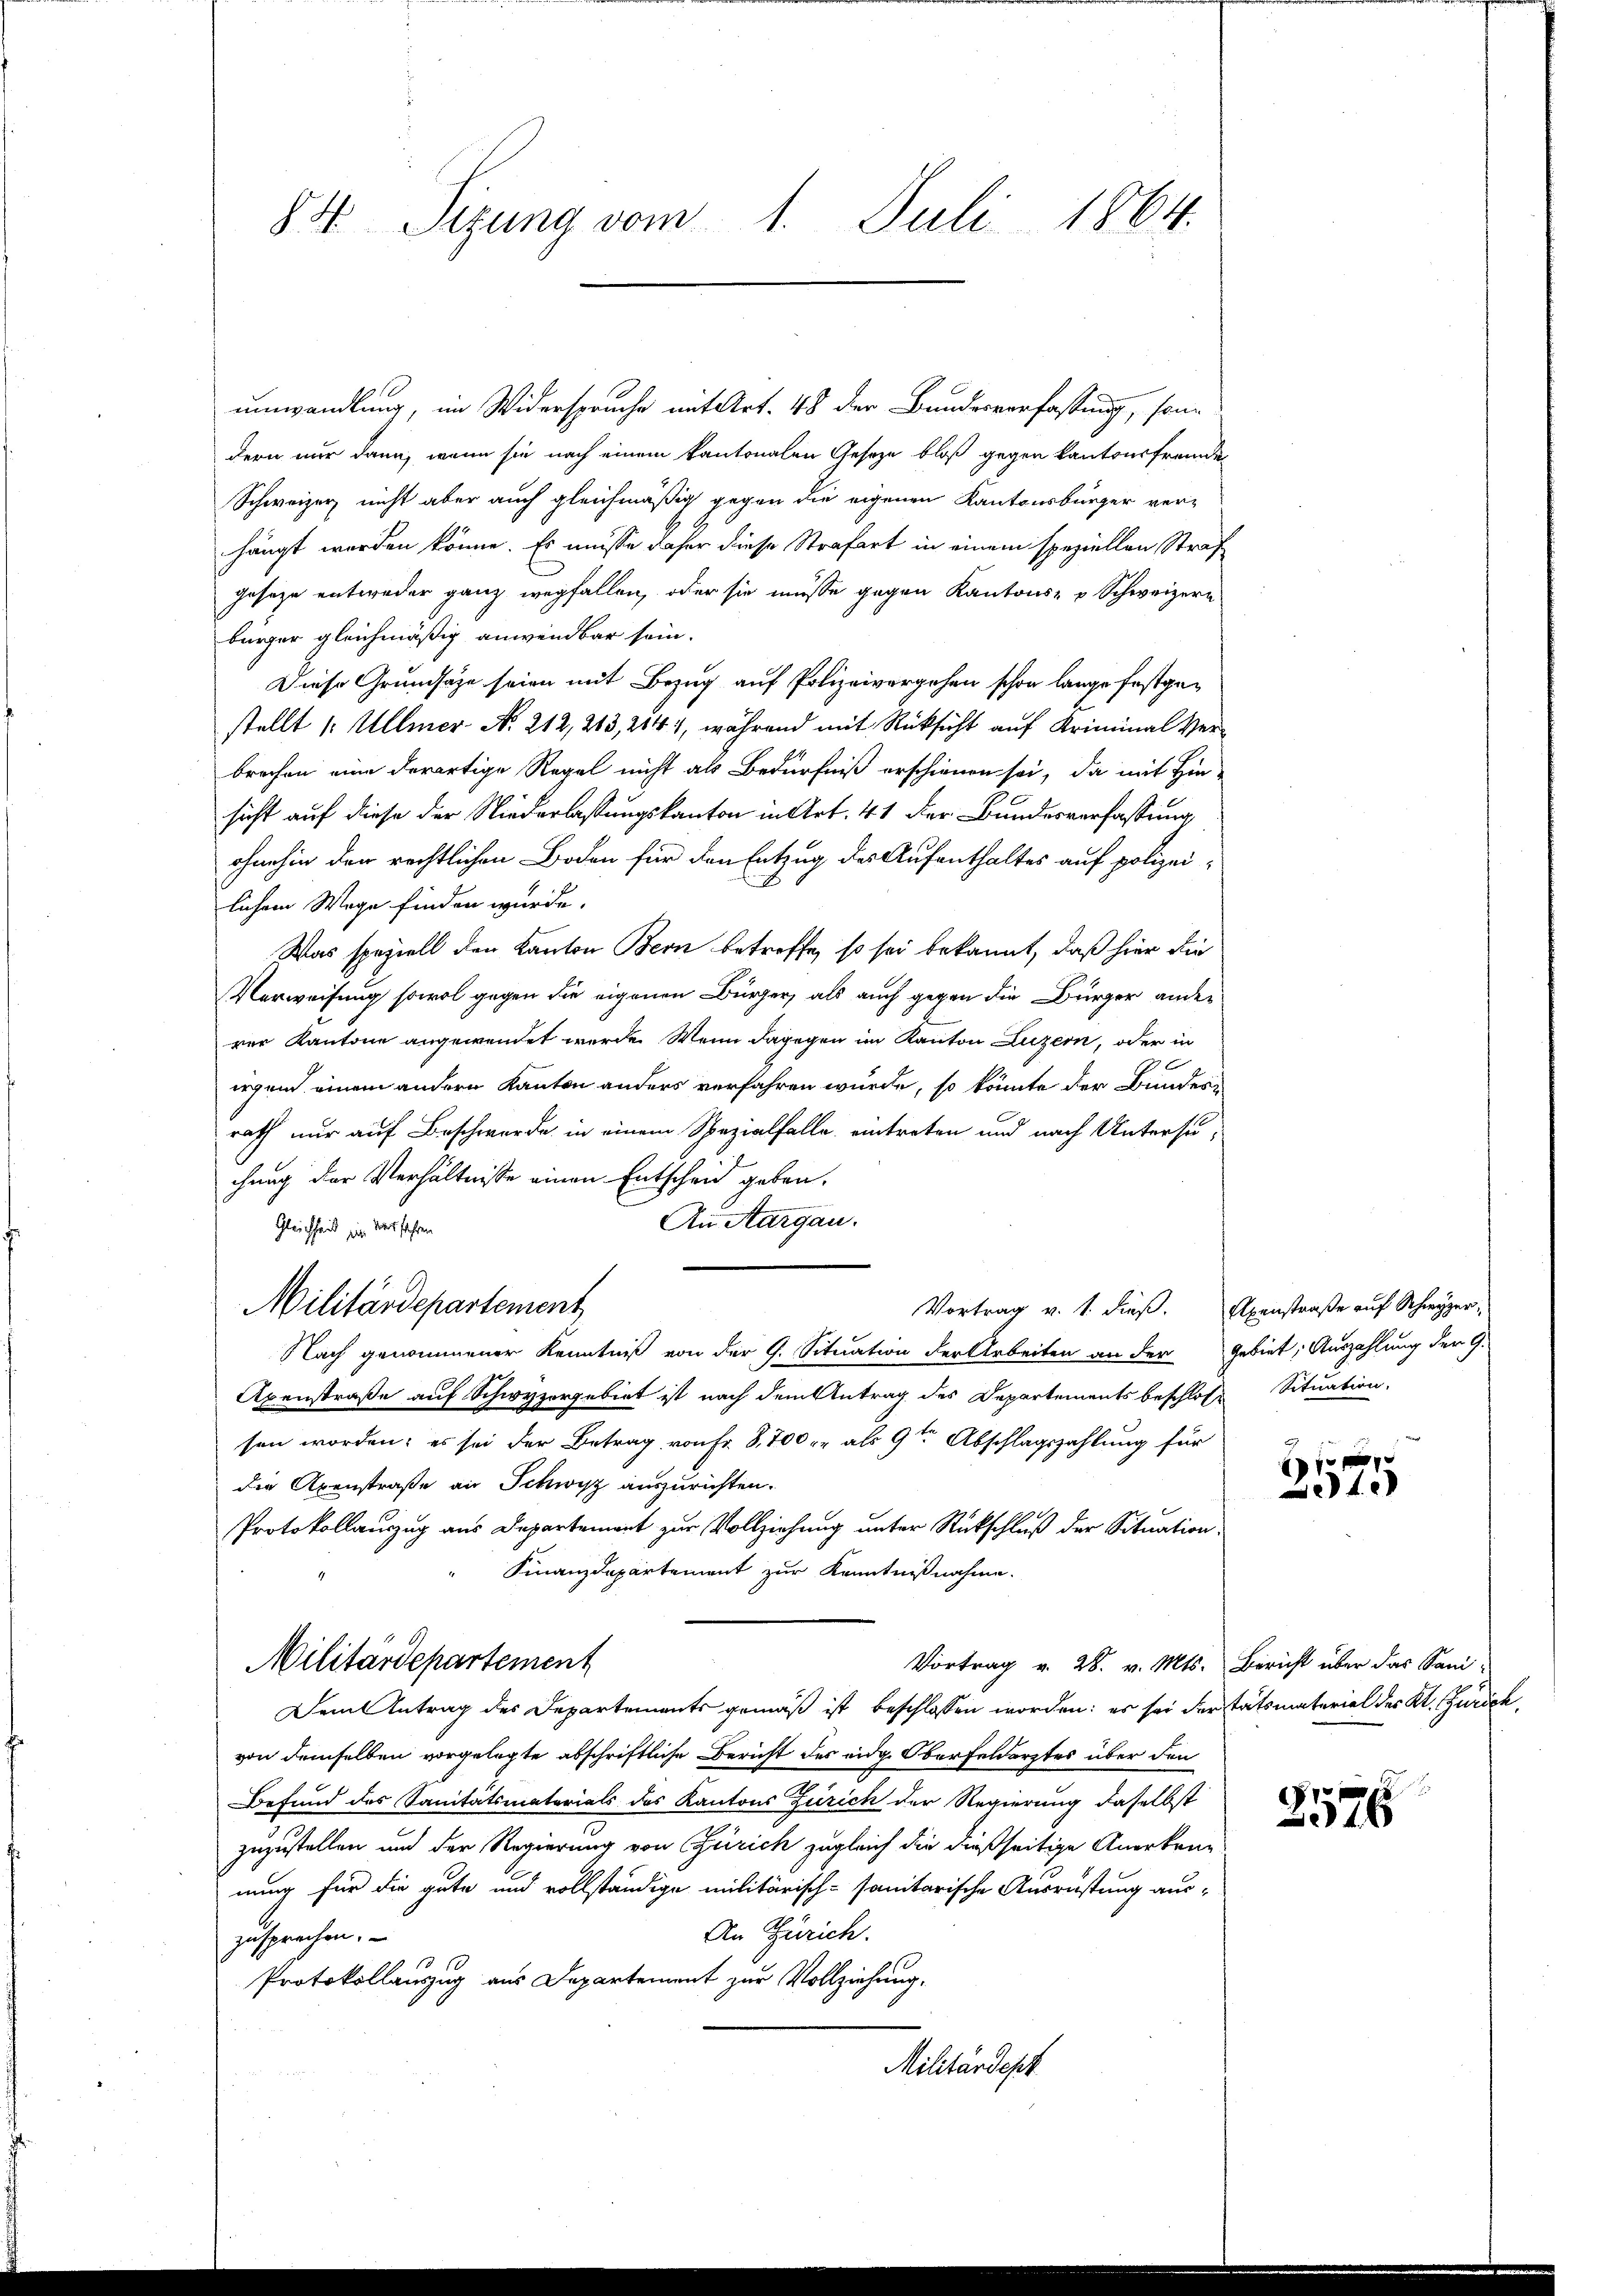
84 Sizung vom 1. Juli 1864.

umwandlung, im Widerspruche mit Art. 48 der Bundesverfassung, son-
dern nur dann, wenn sie nach einem kantonalen Gesetze bloß gegen kantonsfremden
Schweizer nicht aber auch gleichmäßig gegen die eigenen Kantonsbürger verhängt werden könne. Es müsse daher diese Strafart in einem speziellen Straf
geseze entweder ganz wegfallen, oder sie müsse gegen Kantons- & Schweizern
bürger gleichmäßig anwendbar sein.
Diese Grundsätze seien mit Bezug auf Polizeivergehen schon lange festgestellt 1: Ullmer N. 212, 213, 2144, während mit Rücksicht auf Kriminal Verbrechen eine derartige Regel nicht als Bedürfniß erschienen sei, da mit Hinsicht auf diese der Niederlassungskanton in Art. 41 der Bundesverfassung
ohnehin der rechtlichen Boden für den Entzug des Aufenthaltes auf polizei-
lichem Wege finden wurde.
Was speziell den Kanton Bern betreffe, so sei bekannt, daß hier die
Verweisung sowol gegen die eigenen Bürger, als auch gegen die Bürger ander
rer Kantone angewendet werde. Wenn dagegen im Kanton Luzern, oder in
26
irgend einem andern Kanton anders verfahren wurde, so könnte der Bunderrath nur auf Beschwerde in einem Spezialfalle eintreten und nach Untersuchung der Verhältnisse einen Entscheid geben.
An Aargau.
Gleichheit ein Verfahren
Militärdepartement
Nach genommener Kenntniß von der G. Situation der Arbeiten an der Gebiet, Auszahlung der G.
Axenstraße auf Schwyzergebiet ist nach dem Antrag des Departements beschlose Situation.
sen worden; es sei der Betrag von Fr. 8,700 fr als 9ten Abschlagszahlung für
der Axenstraße an Schwisz auszurichten.
Protokollauszug aus Departement zur Vollziehung unter Rückschluß der Situation
Finanzdepartement zur Kenntnißnahme.
Militärdepartement
Vortrag v. 28. v. Mts. Bericht über das Sani-
Dem Antrag des Departements gemäß ist beschlossen worden: es sei der tatsmaterial des Kt. Zürich
von demselben vorgelegte abschriftliche Bericht des eidg. Oberfeldarztes über den
Befund des Sanitätsmaterials des Kantons Zürich der Regierung daselbst
zuzustellen und der Regierung von Zürich zugleich die dießseitige Anerken-
nung für die gute und vollständige militärisch-sanitarische Ausrüstung aus-
An Zürich.
zusprechen.
Protokollauszug aus Departement zur Vollziehung.
Militärdept

Vortrag v. 1. dieβ. Axenstraße auf Schwyzer,

f
f

40